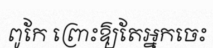
ពូកែ ព្រោះឱ្យតែអ្នកចេះ